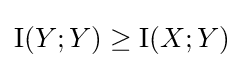
\operatorname {I} (Y;Y)\geq \operatorname {I} (X;Y)